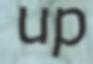
up